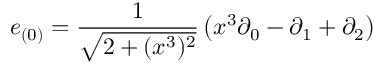
e _ { ( 0 ) } = { \frac { 1 } { \sqrt { 2 + ( x ^ { 3 } ) ^ { 2 } } } } \left( x ^ { 3 } \partial _ { 0 } - \partial _ { 1 } + \partial _ { 2 } \right)